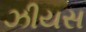
ઝીયસ